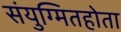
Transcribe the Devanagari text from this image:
संयुग्मितहोता